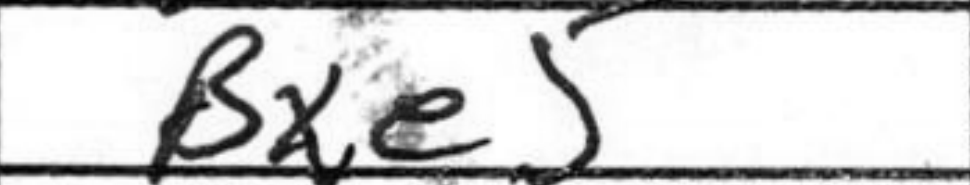
Transcription: Bxe5